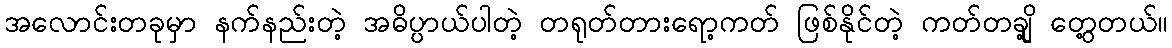
အလောင်းတခုမှာ နက်နည်းတဲ့ အဓိပ္ပာယ်ပါတဲ့ တရုတ်တားရော့ကတ် ဖြစ်နိုင်တဲ့ ကတ်တချို့ တွေ့တယ်။